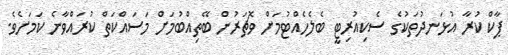
ޕާކް ކުރާ އުޅަނދުތަކުގެ ސެކިއުރިޓީ ބެލެހެއްޓުމަށް ވޮޗަރުން ބޭތިއްބުމަށް މަސައްކަތް ކުރައްވާނެ ކަމަށެވެ.